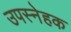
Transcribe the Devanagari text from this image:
उपस्नेहक